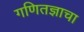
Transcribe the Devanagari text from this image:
गणितज्ञाचा